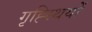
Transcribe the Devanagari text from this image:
गृह्स्थियों